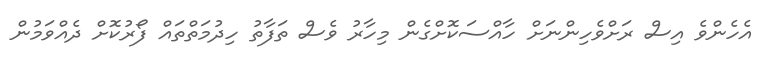
އެހެންވެ އިސް ރަށްވެހިންނަށް ހާއްސަކޮށްގެން މިހާރު ވެސް ތަފާތު ހިދުމަތްތައް ފޯރުކޮށް ދެއްވަމުން